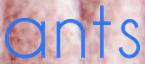
ants